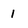
Character: 1